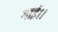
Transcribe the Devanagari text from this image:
गाई।।